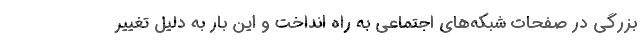
بزرگی در صفحات شبکه‌های اجتماعی به راه انداخت و این بار به دلیل تغییر